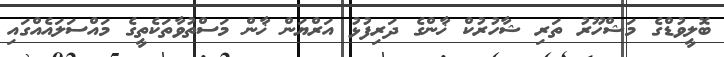
ބޮލީވުޑްގެ މަޝްހޫރު ތަރި ޝާހުރުކް ޚާންގެ ދަރިފުޅު އަރްޔަން ޚާން މަސްތުވާތަކެތީގެ މައްސަލައެއްގައި